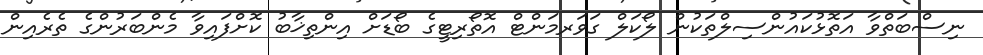
ނިސްބަތްވާ އަތޮޅުކައުންސިލްތަކުން ލޯކަލް ގަވަރމަންޓް އޮތޯރިޓީގެ ބޯޑަށް އިންތިޚާބު ކޮށްފައިވާ މެންބަރުންގެ ތެރެއިން